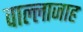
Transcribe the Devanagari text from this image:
वाल्लाजाह